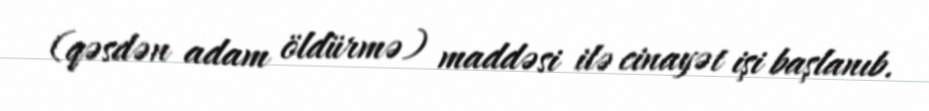
(qəsdən adam öldürmə) maddəsi ilə cinayət işi başlanıb.